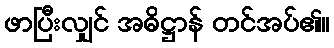
ဖာပြီးလျှင် အဓိဋ္ဌာန် တင်အပ်၏။